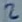
Text: 2